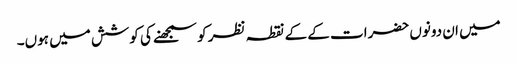
میں ان دونوں حضرات کے کے نقطہ نظر کو سمجھنے کی کوشش میں ہوں۔